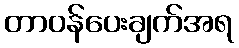
တာဝန်ပေးချက်အရ